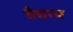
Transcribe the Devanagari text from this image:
वैद्यरत्न